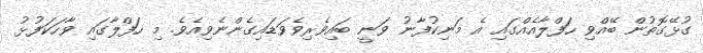
ގުޅޭގޮތުން ބޭއްވި ހަފްލާއެއްގައި އެ މަނިކުފާނު ވަނީ ބައިވެރިވެވަޑައިގެންނެވިއެވެ. މި ހަފްލާގައި ވާހަކަފުޅު